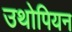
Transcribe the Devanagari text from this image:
उथोपियन